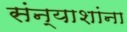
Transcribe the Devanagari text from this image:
संन्याशांना